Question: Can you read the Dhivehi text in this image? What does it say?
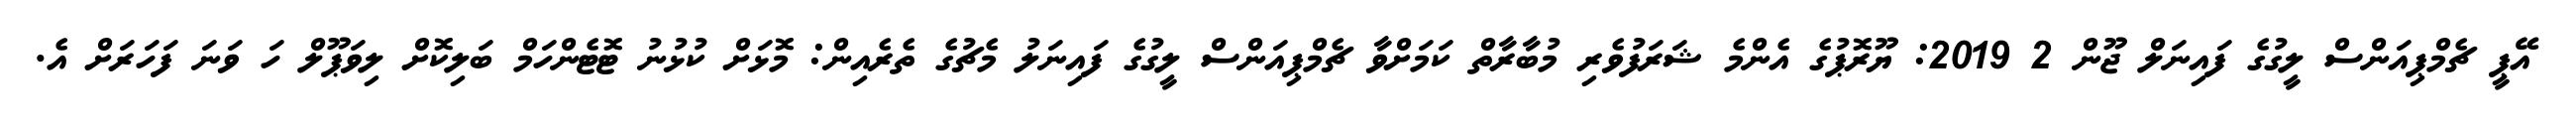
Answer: އޭޕީ ޗެމްޕިއަންސް ލީގުގެ ފައިނަލް ޖޫން 2 2019: ޔޫރޮޕުގެ އެންމެ ޝަރަފުވެރި މުބާރާތް ކަމަށްވާ ޗެމްޕިއަންސް ލީގުގެ ފައިނަލު މެޗުގެ ތެރެއިން: މޮޅަށް ކުޅުނު ޓޮޓެންހަމް ބަލިކޮށް ލިވަޕޫލް ހަ ވަނަ ފަހަރަށް އެ.